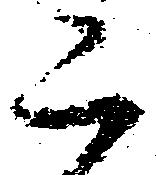
二